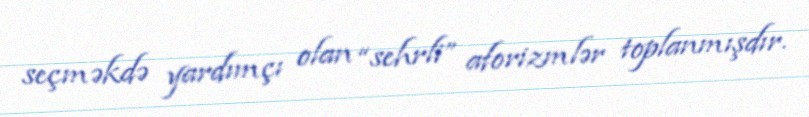
seçməkdə yardımçı olan “sehrli” aforizmlər toplanmışdır.